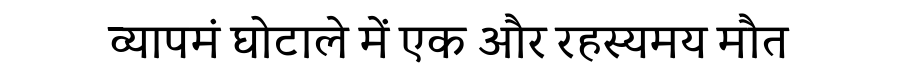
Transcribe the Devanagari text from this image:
व्यापमं घोटाले में एक और रहस्यमय मौत